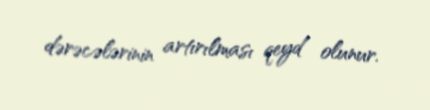
dərəcələrinin artırılması qeyd olunur.